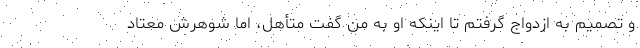
و تصمیم به ازدواج گرفتم تا اینکه او به من گفت متأهل، اما شوهرش معتاد